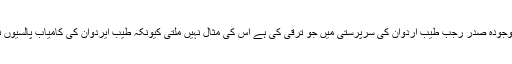
لیکن آ ج کا ترکی جس نے ترک سابق وزیر اعظم اور موجودہ صدر رجب طیب اردوان کی سرپرستی میں جو ترقی کی ہے اس کی مثال نہیں ملتی کیونکہ طیب ایردوان کی کامیاب پالسیوں نے ترکی کو اپنے پاؤں پر کھڑا ہونے میں مدد دی ہے ۔